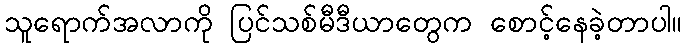
သူရောက်အလာကို ပြင်သစ်မီဒီယာတွေက စောင့်နေခဲ့တာပါ။